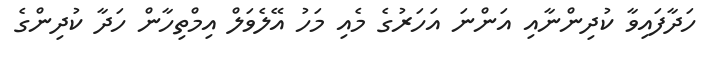
ހަދާފައިވާ ކުދިންނާއި އަންނަ އަހަރުގެ މެއި މަހު އޭލެވަލް އިމްތިހާން ހަދާ ކުދިންގެ